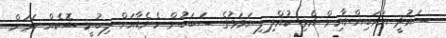
ސައުދީ އަރަބިއްޔާއިން އެޅި ކުއްލި ފިޔަވަޅުގެ ސަބަބުން ކެނެޑާއަށް ލިބުނީ ޝޮކެއް ކަމަށް